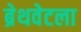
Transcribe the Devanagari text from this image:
ब्रेथवेटला